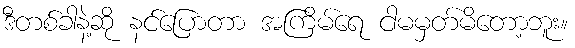
ဒီတစ်ခါနဲ့ဆို နင်ပြောတာ အကြိမ်ရေ ငါမမှတ်မိတော့ဘူး။